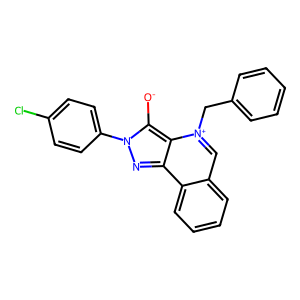
SMILES: [O-]c1c2c(nn1-c1ccc(Cl)cc1)c1ccccc1c[n+]2Cc1ccccc1
Inhibits HIV replication: No